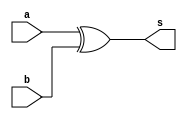
// Exemplo0024 - DIFFERENCE COMPARATOR
// Nome: Julio Machado


module different(output s, input a, input b);

	xor XOR1(s,a,b);

endmodule //different
 
module Different6(output s, input [0:5]a, input [0:5]b);

	wire [0:5]s0;

	different E1(s0[5],a[5],b[5]);
	different E2(s0[4],a[4],b[4]);
	different E3(s0[3],a[3],b[3]);
	different E4(s0[2],a[2],b[2]);
	different E5(s0[1],a[1],b[1]);
	different E6(s0[0],a[0],b[0]);
	or OR1(s,s0[0],s0[1],s0[2],s0[3],s0[4],s0[5]);

endmodule // Different6

//------------------
module testDifference;

reg [0:5]a = 6'b000000;
reg [0:5]b = 6'b000000;
wire s;

Different6 E1(s,a,b);


initial
	begin

	$display ("Exemplo0024 -  Julio Machado -435666");
	$display ("DIFFERENCE COMPARATOR");
	
	#1 $display ("%b != %b = %b",a,b,s);
		a = 6'b110010;	b = 6'b000100;
	#1	$display ("%b != %b = %b",a,b,s);
		b = 6'b111100;
	#1	$display ("%b != %b = %b",a,b,s);
		a = 6'b110111;	b = 6'b111010;
	#1	$display ("%b != %b = %b",a,b,s);
	
	end

endmodule //testDifference